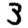
Digit: 3